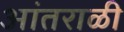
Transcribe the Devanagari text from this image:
आंतराळी